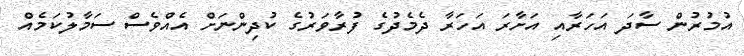
އުމުރުން ސާދަ އަހަރާއި އަށާރަ އަހަރާ ދެމެދުގެ ފުރާވަރުގެ ކުދިންނަށް އެއްވެސް ސަމާލުކަމެއް